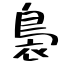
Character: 裊